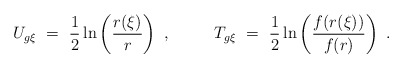
\begin{align*}U_{g\xi}\ =\ \frac{1}{2} \ln \left(\frac{r(\xi)}{r}\right)\ ,\ \ \ \ \ \ \ \ T_{g\xi}\ =\ \frac{1}{2} \ln \left(\frac{f(r(\xi))}{f(r)}\right)\ .\end{align*}